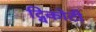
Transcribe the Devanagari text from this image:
द्विकोटी